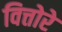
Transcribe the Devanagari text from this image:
वित्तोरे